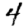
Digit: 4